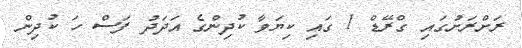
ރަށްރަށުގައި ގްރޭޑް 1 ގައި ކިޔަވާ ކުދިންގެ އަދަދު ފަސް ހަ ކުދިން